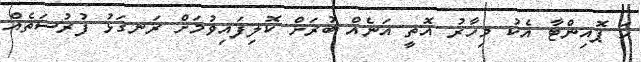
ހަ ޕޮއިންޓާ އެކު މިހާރު އޮތީ އަނެއް ބުރަށް ކޮލިފައިވުމަށް ރަނގަޅު ފުރުސަތެއް